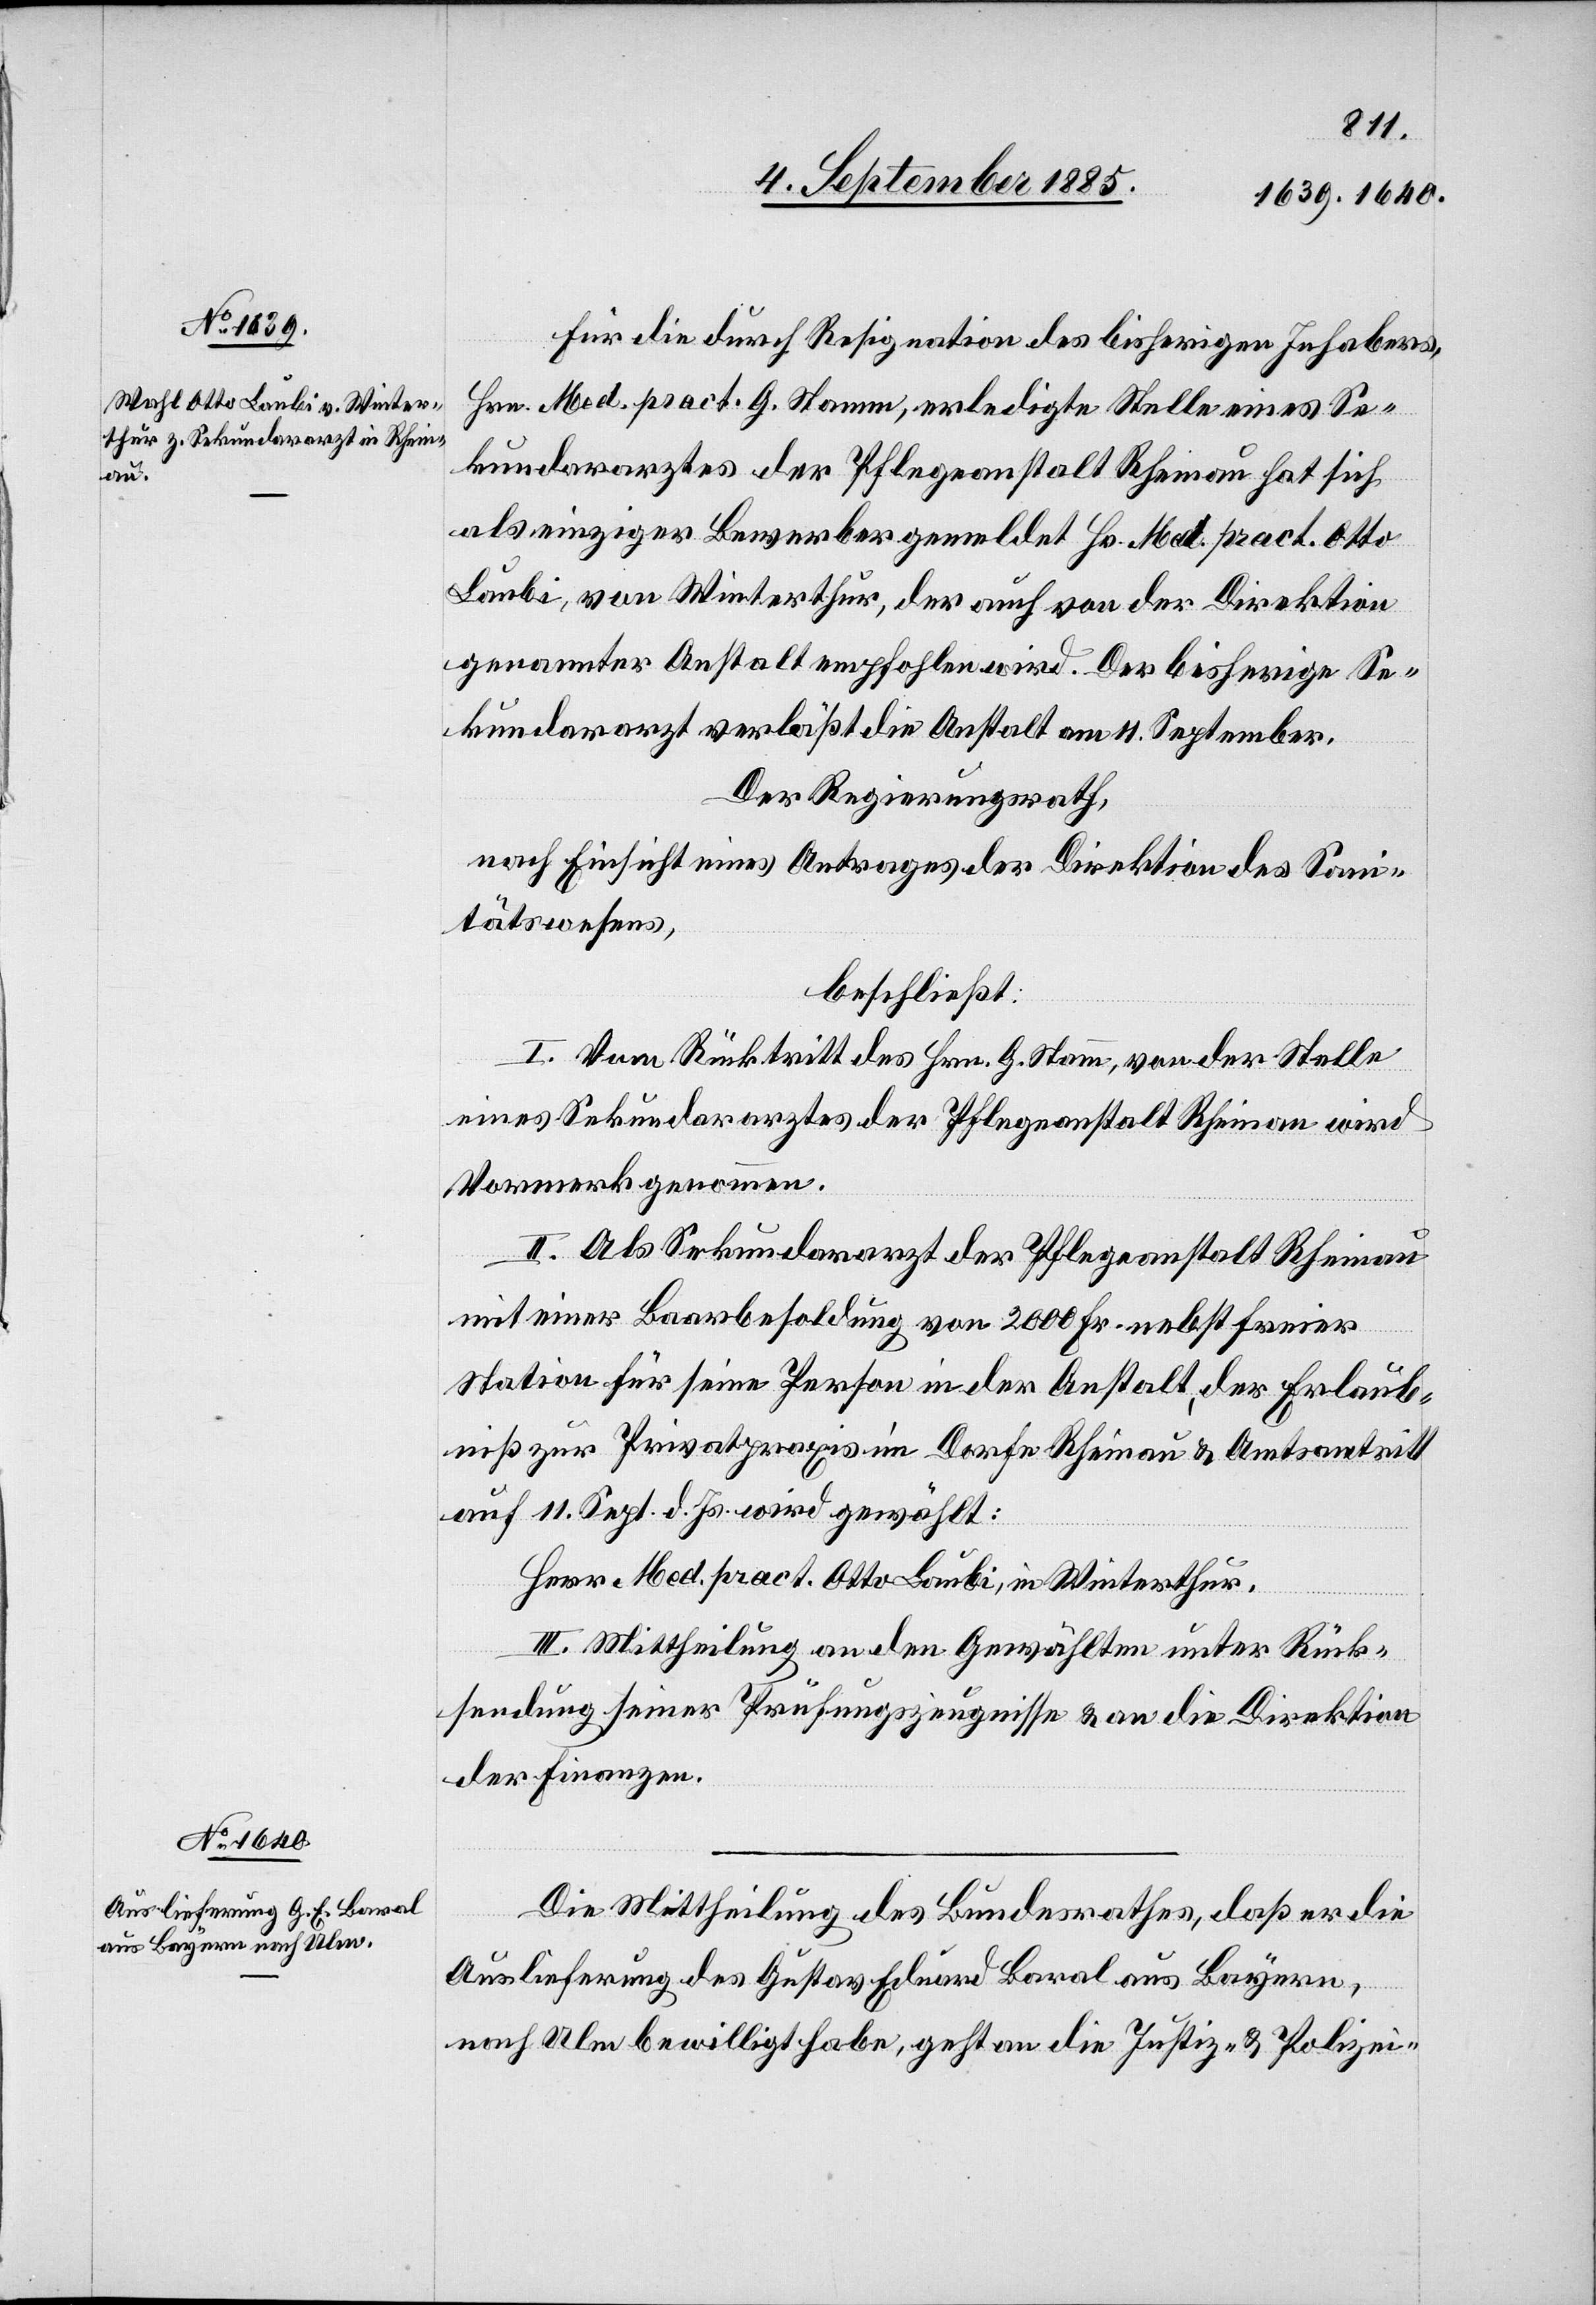
7. September 1885.]
Für die durch Resignation des bisherigen Inhabers,
Hrn. Med. pract. G. Stamm, erledigte Stelle eines Se¬
kundararztes der Pflegeanstalt Rheinau hat sich
als einziger Bewerber gemeldet Hr. Med. pract. Otto
Laubi, von Winterthur, der auch von der Direktion
genannter Anstalt empfohlen wird. Der bisherige Se¬
kundararzt verläßt die Anstalt am 11. September.
Der Regierungsrath,
nach Einsicht eines Antrages der Direktion des San¬
itätswesens,
beschließt:
I. Vom Rücktritt des Hrn. G. Stamm, von der Stelle
eines Sekundararztes der Pflegeanstalt Rheinau wird
Vormerk genommen.
II. Als Sekundararzt der Pflegeanstalt Rheinau
mit einer Baarbesoldung von 2000 Fr. nebst freier
Station für seine Person in der Anstalt, der Erlaub¬
niß zur Privatpraxis im Dorfe Rheinau & Amtsantritt
auf 11. Sept. d. Js. wird gewählt:
Herr Med. pract. Otto Laubi, in Winterthur.
III. Mittheilung an den Gewählten unter Rück¬
sendung seiner Prüfungszeugnisse & an die Direktion
der Finanzen.
Die Mittheilung des Bundesrathes, daß er die
Auslieferung des Gustav Eduard Baral aus Bayern,
nach Ulm bewilligt habe, geht an die Justiz- & Polizei-